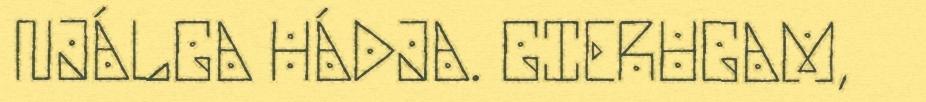
NJÁLGA HÁDJA. GIERUGAM,